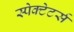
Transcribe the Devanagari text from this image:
स्पेक्टेटर्स